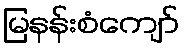
မြနန်းစံကျော်